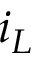
i _ { L }